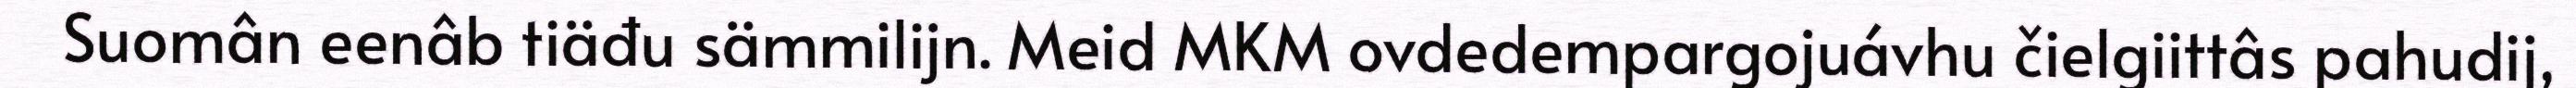
Suomân eenâb tiäđu sämmilijn. Meid MKM ovdedempargojuávhu čielgiittâs pahudij,